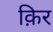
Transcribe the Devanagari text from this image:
क़िर